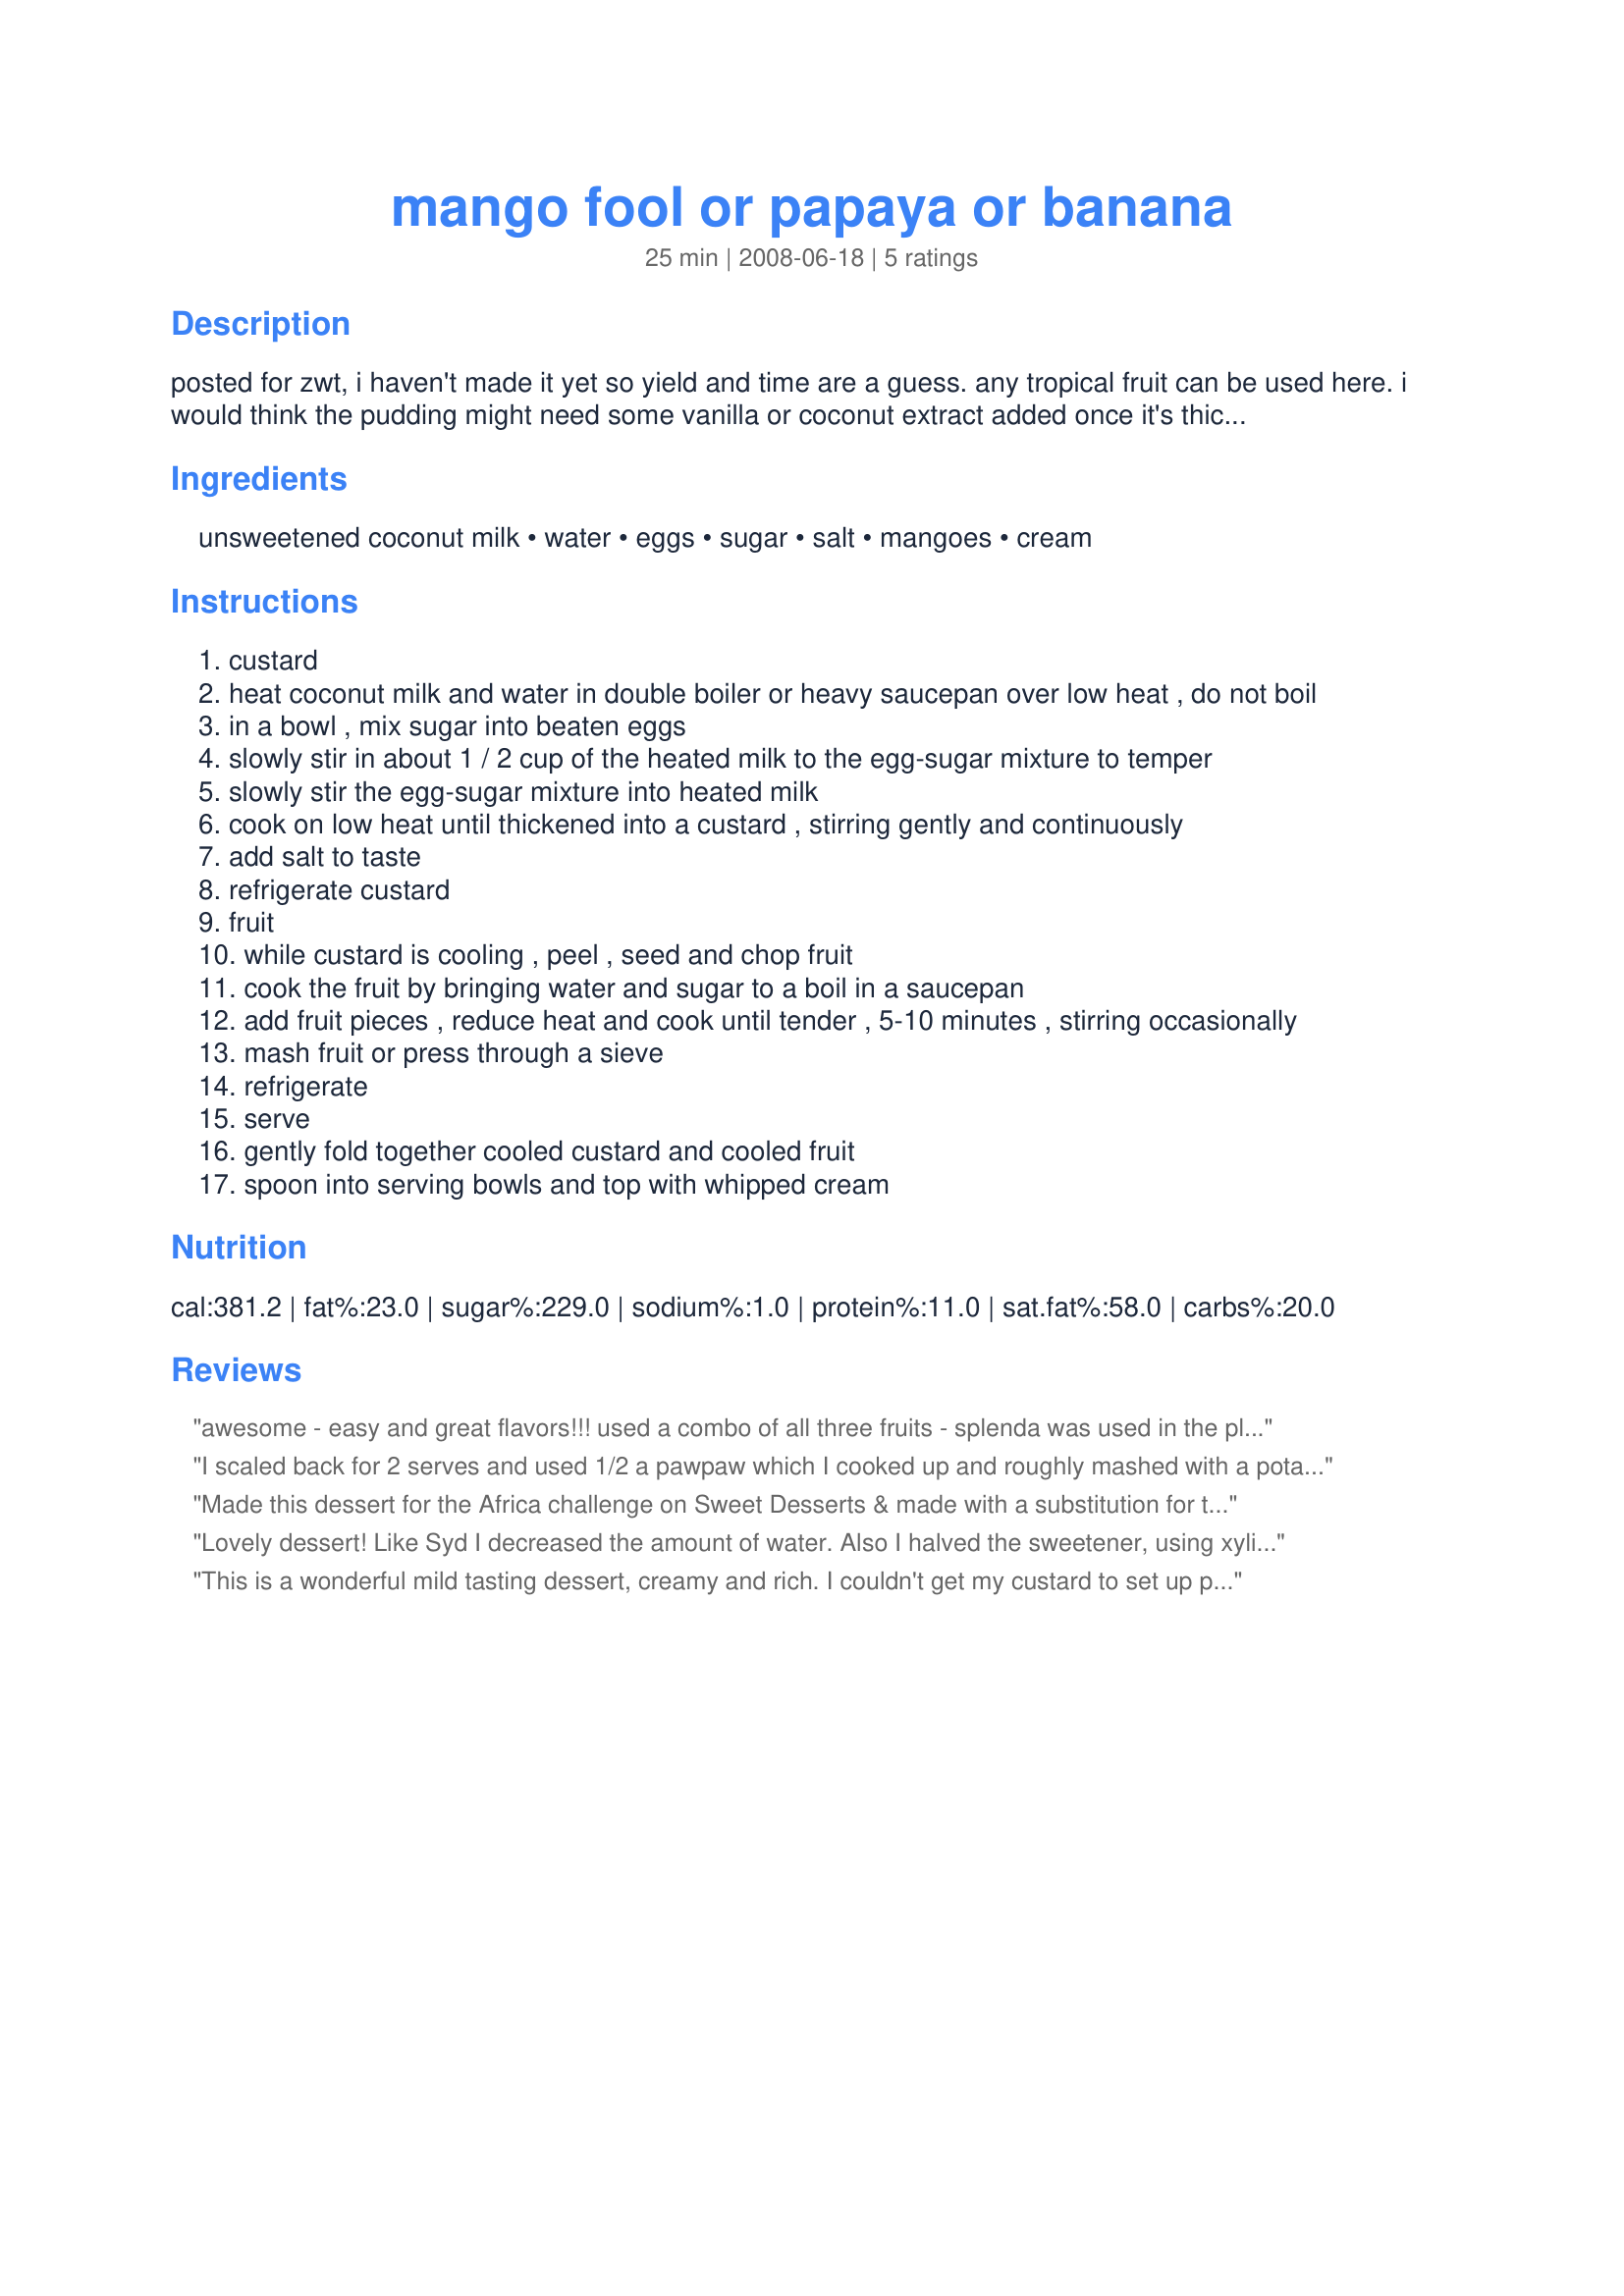
mango fool or papaya or banana
Preparation time: 25 minutes

posted for zwt, i haven't made it yet so yield and time are a guess. any tropical fruit can be used here. i would think the pudding might need some vanilla or coconut extract added once it's thickened.

Ingredients:
unsweetened coconut milk, water, eggs, sugar, salt, mangoes, cream

Steps:
custard
heat coconut milk and water in double boiler or heavy saucepan over low heat , do not boil
in a bowl , mix sugar into beaten eggs
slowly stir in about 1 / 2 cup of the heated milk to the egg-sugar mixture to temper
slowly stir the egg-sugar mixture into heated milk
cook on low heat until thickened into a custard , stirring gently and continuously
add salt to taste
refrigerate custard
fruit
while custard is cooling , peel , seed and chop fruit
cook the fruit by bringing water and sugar to a boil in a saucepan
add fruit pieces , reduce heat and cook until tender , 5-10 minutes , stirring occasionally
mash fruit or press through a sieve
refrigerate
serve
gently fold together cooled custard and cooled fruit
spoon into serving bowls and top with whipped cream

Reviews:
awesome - easy and great flavors!!! used a combo of all three fruits - splenda was used in the place of sugar (for health reasons) made for ZWT
I scaled back for 2 serves and used 1/2 a pawpaw which I cooked up and roughly mashed with a potato masher to leave a bit of texture to the dish rather than a smooth dish. I ended up with 4 small desserts and the DM and the DS for whom I made it thoroughly enjoyed just as was without the cream (didn't have any) and looking forward to having the other 2 tonight. Thank you puppitypup, made for All You Can Cook Buffet.
Made this dessert for the Africa challenge on Sweet Desserts & made with a substitution for the sugar! Taking a hint from Susiecat's review, I kept in mind using less water in the custard & more mango in the fruit part! So, in the custard I substituted 1/2 cup of honey for the sugar while lowering the amount of water to 3/4 cup! Then, with the fruit, I used 3 mangoes instead of 2, so in order to increase the sweetner a little more, too, I used 4 tablespoons of honey & 1 teaspoon of water in place of the 4 tablespoons of sugar that I would have used! A lot of juggling, but definitely worth the effort, 'cause this dessert was nicely flavored with the mango & sweet enough without using any sugar! An interesting challenge! [Made & reviewed while touring Africa on Zaar's World Tour 4]
Lovely dessert! Like Syd I decreased the amount of water. Also I halved the sweetener, using xylitol, because the papaya I used was already very sweet. As it was so hot, I didn't care to cook the papaya but just pureed it in the blender, folded it into the custard and refridgerated it for two hours. Absolutely declicious - thanks for posting! Will make this again for sure.
Made for When it's hot / when it's not tag game (diabetes forum).
This is a wonderful mild tasting dessert, creamy and rich. I couldn't get my custard to set up properly, though, and it stayed fairly thin after both cooking and chilling. So I whipped up some heavy cream and folded into the custard, then added the cooled mashed mango, and put the whole thing back in the refrigerator to cool for another half an hour. Afterwards I had a lovely, light-textured faintly mango dessert. If I were to do this again I might increase the eggs or decrease the water. I would also add more mango, because I love mango flavor, and would have loved it to be a stronger presence. But as it was, a perfectly delicious dessert anyway. Thanks, puppitypup.
Made for the Africa portion of ZWT4.
